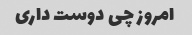
امروز چی دوست داری